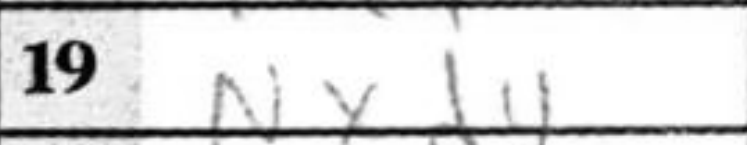
Transcription: Nxd4